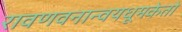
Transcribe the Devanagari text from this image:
रावणवनान्वयधूमकेतो